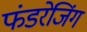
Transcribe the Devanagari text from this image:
फंडरेजिंग